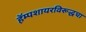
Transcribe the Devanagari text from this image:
हॅम्पशायरविरूद्धचा